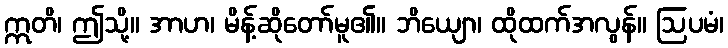
ဣတိ၊ ဤသို့။ အာဟ၊ မိန့်ဆိုတော်မူ၏။ ဘိယျော၊ ထိုထက်အလွန်။ ဩပမံ၊